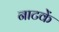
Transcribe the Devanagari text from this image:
नाटकें